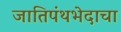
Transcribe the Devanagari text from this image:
जातिपंथभेदाचा